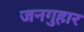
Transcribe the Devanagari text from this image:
जनगुहार